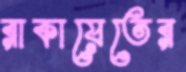
রাকায়েতের